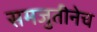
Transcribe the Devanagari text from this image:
समजुतीनेच